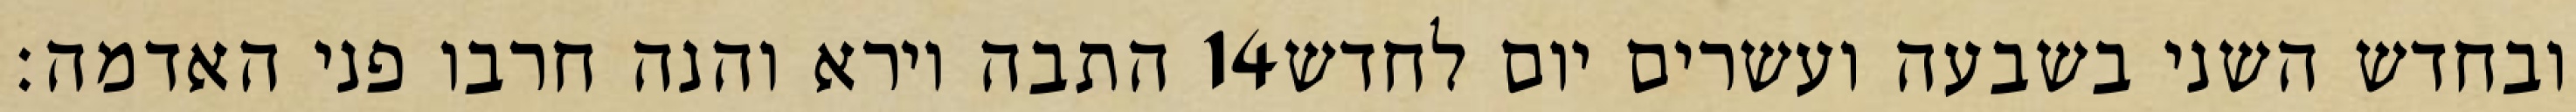
התבה וירא והנה חרבו פני האדמה׃ ‎14‏ ובחדש השני בשבעה ועשרים יום לחדש